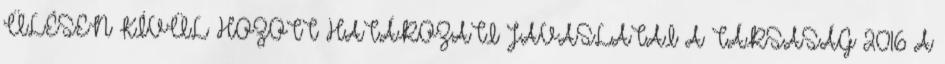
ÜLÉSEN KÍVÜL HOZOTT HATÁROZATI JAVASLATAI A TÁRSASÁG 2016 A